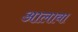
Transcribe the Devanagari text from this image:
अालावा